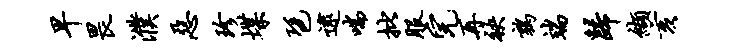
早畏濮恶珍堞琶逮喘批服完再袂鹑端归缬亥